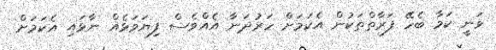
ވަނީ ކަމާ ބެހޭ ފަރާތްތަކުން އެކަމަށް ހަރުދަނާ އެއްވެސް ފިޔަވަޅެއް ނާޅައި އެކަމަށް